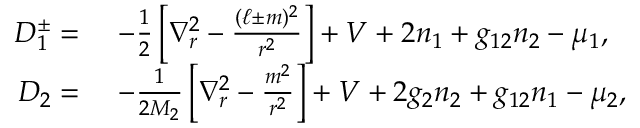
\begin{array} { r l } { D _ { 1 } ^ { \pm } = } & { \ - \frac { 1 } { 2 } \left[ \nabla _ { r } ^ { 2 } - \frac { ( \ell \pm m ) ^ { 2 } } { r ^ { 2 } } \right] + V + 2 n _ { 1 } + g _ { 1 2 } n _ { 2 } - \mu _ { 1 } , } \\ { D _ { 2 } = } & { \ - \frac { 1 } { 2 M _ { 2 } } \left[ \nabla _ { r } ^ { 2 } - \frac { m ^ { 2 } } { r ^ { 2 } } \right] + V + 2 g _ { 2 } n _ { 2 } + g _ { 1 2 } n _ { 1 } - \mu _ { 2 } , } \end{array}